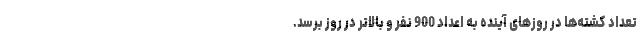
تعداد کشته‌ها در روزهای آینده به اعداد 900 نفر و بالاتر در روز برسد.